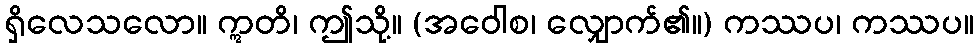
ရှိလေသလော။ ဣတိ၊ ဤသို့။ (အဝေါစ၊ လျှောက်၏။) ကဿပ၊ ကဿပ။